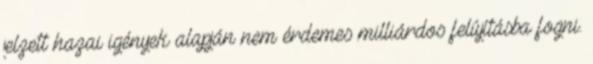
jelzett hazai igények alapján nem érdemes milliárdos felújításba fogni.